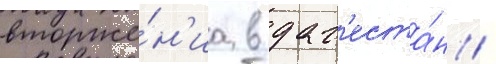
вторже́н'иа в даг'еста́н /